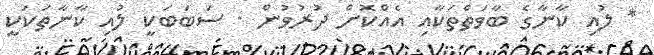
* ލުއި ކާނާގެ ބާވަތްތަކާއި އެއްކޮށް ދުރުވުން . ސަބަބަކީ ލުއި ކާނާތަކަކީ